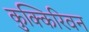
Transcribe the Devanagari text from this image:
कुक्किरिवन